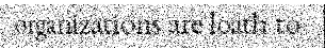
organizations are loath to